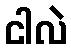
ငါလဲ